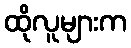
ထိုလူများက